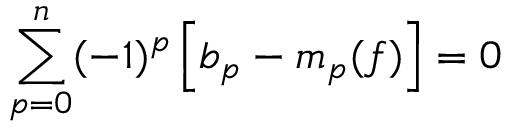
\sum _ { p = 0 } ^ { n } ( - 1 ) ^ { p } \left[ b _ { p } - m _ { p } ( f ) \right] = 0